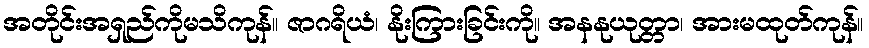
အတိုင်းအရှည်ကိုမသိကုန်။ ဇာဂရိယံ၊ နိုးကြားခြင်းကို။ အနနုယုတ္တာ၊ အားမထုတ်ကုန်။